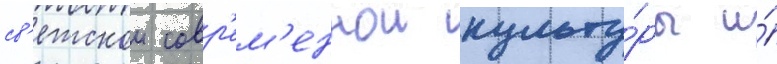
св'етскои совр'ем'еннои культу́ры и́